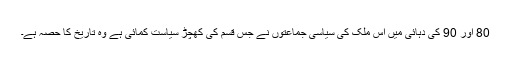
80 اور 90 کی دہائی میں اس ملک کی سیاسی جماعتوں نے جِس قسم کی کھچڑ سیاست کمائی ہے وہ تاریخ کا حصہ ہے۔